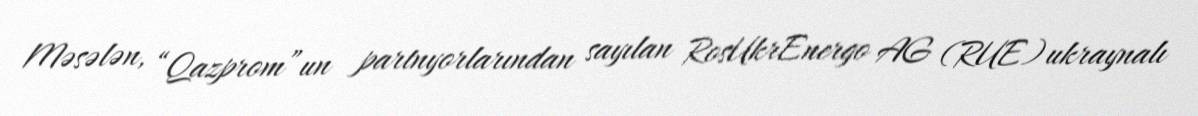
Məsələn, “Qazprom”un partnyorlarından sayılan RosUkrEnergo AG (RUE) ukraynalı